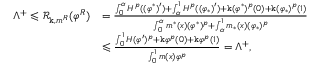
\begin{array} { r l } { \Lambda ^ { + } \leqslant \mathcal { R } _ { \mathtt k , m ^ { R } } ( \varphi ^ { R } ) } & { = \frac { \int _ { 0 } ^ { \alpha } H ^ { p } ( ( \varphi ^ { * } ) ^ { \prime } ) + \int _ { \alpha } ^ { 1 } H ^ { p } ( ( \varphi _ { * } ) ^ { \prime } ) + \mathtt k ( \varphi ^ { * } ) ^ { p } ( 0 ) + \mathtt k ( \varphi _ { * } ) ^ { p } ( 1 ) } { \int _ { 0 } ^ { \alpha } m ^ { * } ( x ) ( \varphi ^ { * } ) ^ { p } + \int _ { \alpha } ^ { 1 } m _ { * } ( x ) ( \varphi _ { * } ) ^ { p } } } \\ & { \leqslant \frac { \int _ { 0 } ^ { 1 } H ( \varphi ^ { \prime } ) ^ { p } + \mathtt k \varphi ^ { p } ( 0 ) + \mathtt k \varphi ^ { p } ( 1 ) } { \int _ { 0 } ^ { 1 } m ( x ) \varphi ^ { p } } = \Lambda ^ { + } , } \end{array}